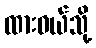
ထားဝယ်သို့